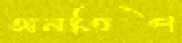
অনতিপ